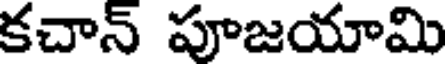
కచాన్ పూజయామి